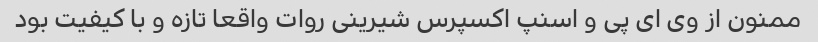
ممنون از وی ای پی و اسنپ اکسپرس شیرینی روات واقعا تازه و با کیفیت بود